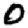
Digit: 0